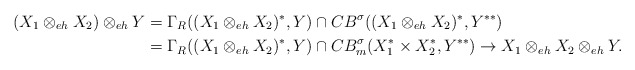
\begin{align*}(X_1\otimes_{eh}X_2)\otimes_{eh}Y&=\Gamma_R((X_1\otimes_{eh}X_2)^*,Y)\cap CB^{\sigma}((X_1\otimes_{eh}X_2)^*,Y^{**})\\&=\Gamma_R((X_1\otimes_{eh}X_2)^*,Y)\cap CB_m^{\sigma}(X_1^*\times X_2^*, Y^{**})\to X_1\otimes_{eh}X_2\otimes_{eh}Y.\end{align*}